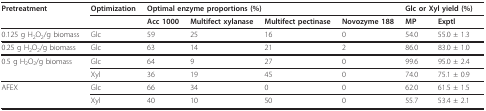
<table><thead><tr><td><b>Pretreatment</b></td><td><b>Optimization</b></td><td colspan="4"><b>Optimal enzyme proportions (%)</b></td><td colspan="2"><b>Glc or Xyl yield (%)</b></td></tr><tr><td></td><td></td><td><b>Acc 1000</b></td><td><b>Multifect xylanase</b></td><td><b>Multifect pectinase</b></td><td><b>Novozyme 188</b></td><td><b>MP</b></td><td><b>Exptl</b></td></tr></thead><tbody><tr><td>0.125 g H<sub>2</sub>O<sub>2</sub>/g biomass</td><td>Glc</td><td>59</td><td>25</td><td>16</td><td>0</td><td>54.0</td><td>55.0 ± 1.3</td></tr><tr><td>0.25 g H<sub>2</sub>O<sub>2</sub>/g biomass</td><td>Glc</td><td>63</td><td>14</td><td>21</td><td>2</td><td>86.0</td><td>83.0 ± 1.0</td></tr><tr><td>0.5 g H<sub>2</sub>O<sub>2</sub>/g biomass</td><td>Glc</td><td>64</td><td>9</td><td>27</td><td>0</td><td>99.6</td><td>95.0 ± 2.4</td></tr><tr><td></td><td>Xyl</td><td>36</td><td>19</td><td>45</td><td>0</td><td>74.0</td><td>75.1 ± 0.9</td></tr><tr><td>AFEX</td><td>Glc</td><td>66</td><td>34</td><td>0</td><td>0</td><td>62.0</td><td>61.5 ± 1.5</td></tr><tr><td></td><td>Xyl</td><td>40</td><td>10</td><td>50</td><td>0</td><td>55.7</td><td>53.4 ± 2.1</td></tr></tbody></table>